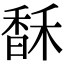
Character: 𩡄